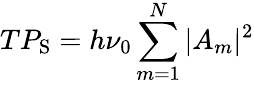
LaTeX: TP_{\mathrm{S}}=h\nu_{0}\sum_{m=1}^{N}|A_{m}|^{2}